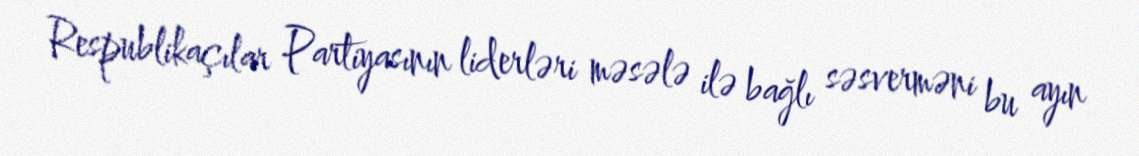
Respublikaçılar Partiyasının liderləri məsələ ilə bağlı səsverməni bu ayın